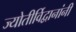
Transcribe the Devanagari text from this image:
ज्योतीर्विद्वानांनी